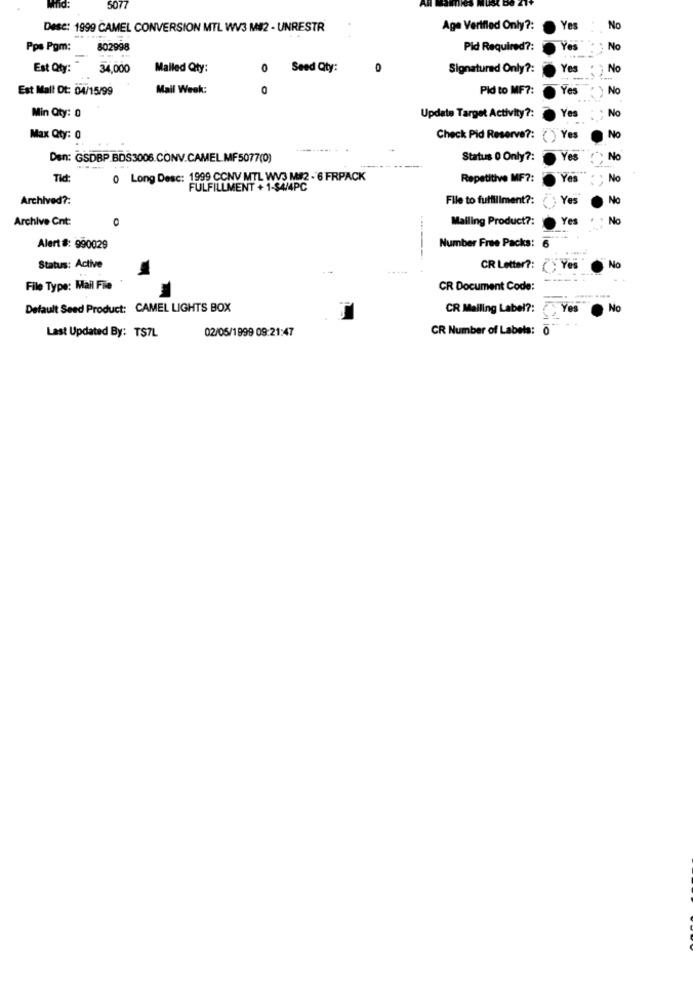
507
Desc: 1999 CAMEL CONVERSION MTL WV3 M$2 - UNRESTR
Age Vertfled Only ?:
Yes
No
Pps Pgm:
802998
Pid Required ?:
Yes
No
Est Qty:
34,000
Mailed Qty:
0
Seed Qty:
0
Signatured Only ?:
Yes
No
Est Mall Dt: 04/15/99
Mail Week:
0
Pid to MF7:
Yes
No
Yes
No
Min Qty: 0
Update Target Activity ?:
No
Max Qty: 0
Check Pid Reserve ?: () Yes
Den: GSDBP BDS3006.CONV.CAMEL.MF5077(0)
Status 0 Only ?:
Yes
No
Tid:
0 Long Desc: 1999 CCNV MTL WV3 M82 - 6 FRPACK
Repetitive MF ?:
Yes
No
FULFILLMENT + 1-$4/4PC
Archived ?:
File to fulfillment ?:
Yes
No
Archive Cnt:
Mailing Product ?:
Yes
No
Alert #: 990029
Number Free Packs: 6
No
Status: Active
CR Letter ?: ) Yes
--..
File Type: Mail File
CR Document Code:
Default Seed Product: CAMEL LIGHTS BOX
CR Mailing Label ?:
Yes
.No
02/05/1999 09:21:47
CR Number of Labels: 0
Last Updated By: TS7L